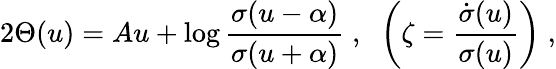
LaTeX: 2\Theta(u)=Au+\log\frac{\sigma(u-\alpha)}{\sigma(u+\alpha)}\; ,\; \; \left(\zeta=\frac{\dot{\sigma}(u)}{\sigma(u)}\right)\; ,